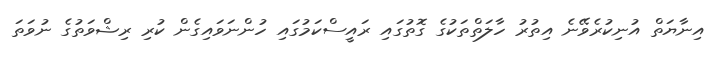
އިނާޔަތް އުނިކުރެވޭނެ އިތުރު ހާލަތްތަކުގެ ގޮތުގައި ރައީސްކަމުގައި ހުންނަވައިގެން ކުރި ރިޝްވަތުގެ ނުވަތަ